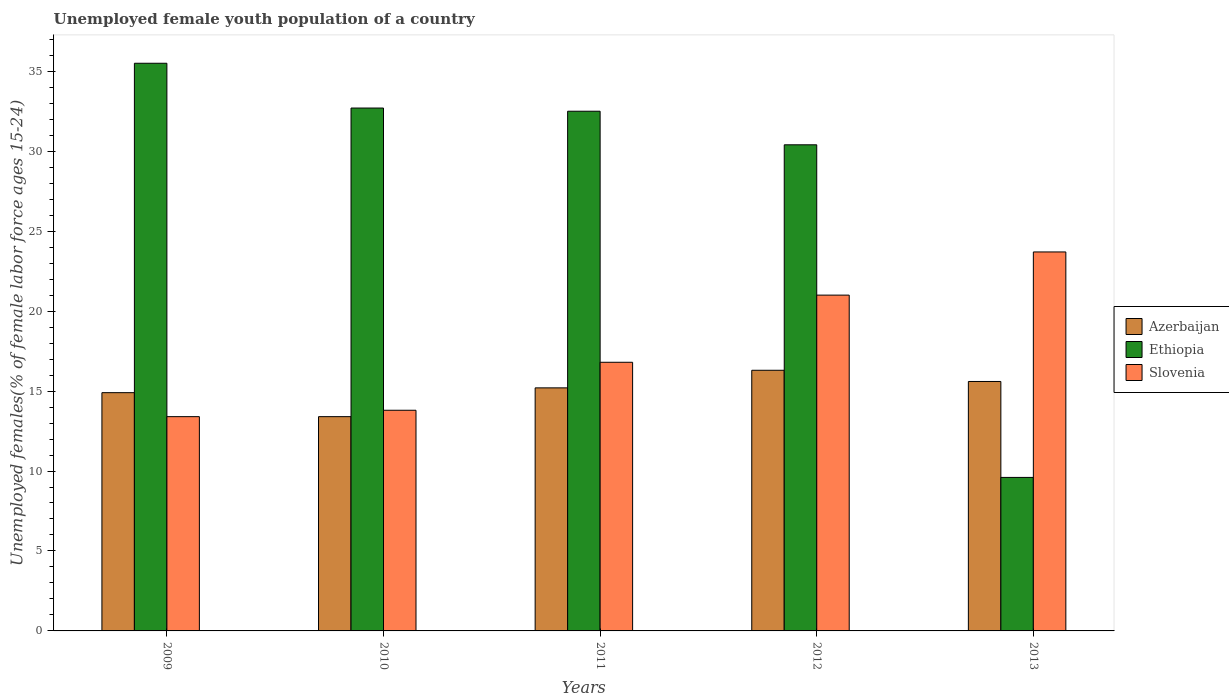
| Years | Azerbaijan | Ethiopia | Slovenia |
 | --- | --- | --- | --- |
 | 2009 | 14.9 | 35.5 | 13.4 |
 | 2010 | 13.4 | 32.7 | 13.8 |
 | 2011 | 15.2 | 32.5 | 16.8 |
 | 2012 | 16.3 | 30.4 | 21 |
 | 2013 | 15.6 | 9.6 | 23.7 |